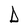
Character: D